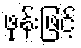
ဖုန်းဖြင့်